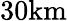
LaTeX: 30\mathrm{km}